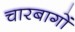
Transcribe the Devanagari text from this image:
चारबागों